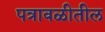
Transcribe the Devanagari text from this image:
पत्रावळीतील